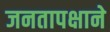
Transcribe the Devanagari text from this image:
जनतापक्षाने